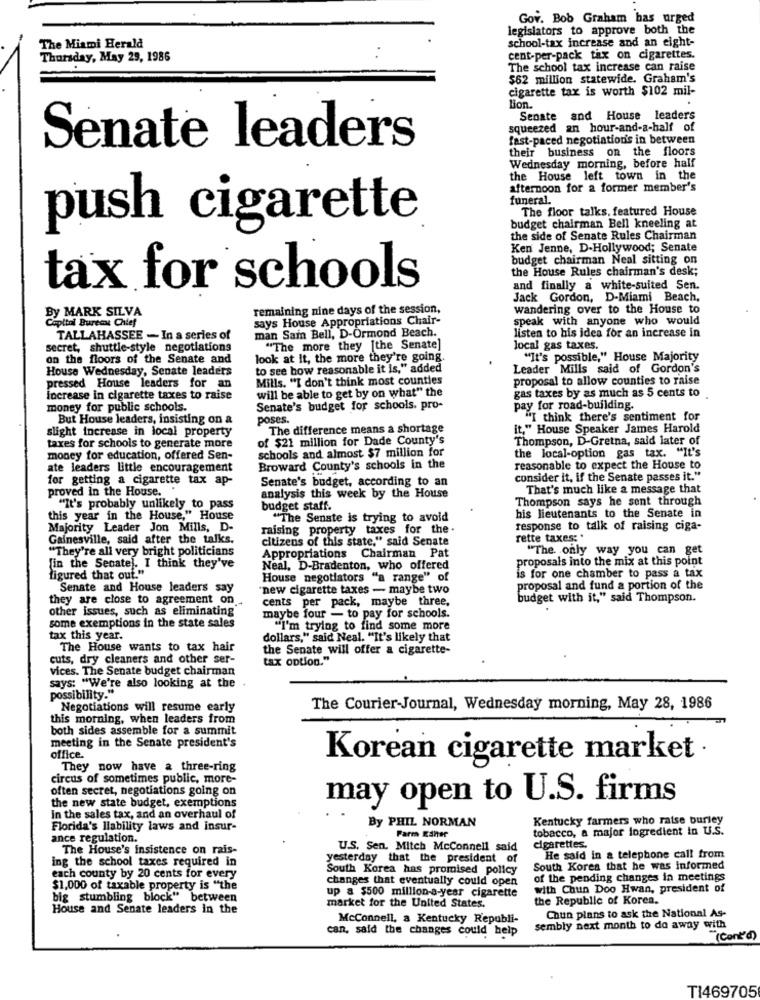
Gov. Bob Graham bas urged
legislators to approve both the
The Miami Herald
school-tax increase and an eight-
Thursday, May 29, 1986
cent-per-pack tax on cigarettes.
The school tax increase can raise
$62 million statewide. Graham's
cigarette tax is worth $102 mil-
lion.
Senate and House leaders
squeezed an hour-and-a-half of
fast-paced negotiation's in between
Senate leaders
their business on the floors
Wednesday morning, before half
the House left town in the
afternoon for a former member's
funeral.
The floor talks, featured House
push cigarette
budget chairman Bell kneeling at
the side of Senate Rules Chairman
Ken Jenne, D-Hollywood; Senate
budget chairman Neal sitting on
the House Rules chairman's desk;
tax for schools
and finally a white-suited Sen.
Jack Gordon, D-Miami Beach,
remaining nine days of the session,
wandering over to the House to
By MARK SILVA
Capitol Burecat Chief
says House Appropriations Chair-
speak with anyone who would
man Sain Bell, D-Ormond Beach.
TALLAHASSEE - In a series of
listen to his idea for an increase in
secret, shuttle-style negotiations
"The more they [the Senate]
local gas taxes.
on the floors of the Senate and
look at it, the more they're going.
"It's possible," House Majority
House Wednesday, Senate leaders
to see how reasonable it is," added
Leader Mills said of Gordon's
Mills. "I don't think most counties
proposal to allow counties to raise
pressed House leaders for an
increase in cigarette taxes to raise
will be able to get by on what" the
gas taxes by as much as 5 cents to
money for public schools.
Senate's budget for schools. pro-
pay for road-building.
But House leaders, insisting on a
poses.
"I think there's sentiment for
slight increase in local property
The difference means a shortage
it," House Speaker James Harold
of $21 million for Dade County's
Thompson, D-Gretna, said later of
taxes for schools to generate more
schools and almost $7 million for
the local-option gas tax. "It's
money for education, offered Sen-
ate leaders little encouragement
Broward County's schools in the
reasonable to expect the House to
for getting a cigarette tax ap-
Senate's budget, according to an
consider it, if the Senate passes it."
proved in the House. .
That's much like a message that
analysis this week by the House
Thompson says he sent through
"It's probably unlikely to pass
budget staff.
this year in the House," House
"The Senate is trying to avoid
his lieutenants to the Senate in
Majority Leader Jon Mills, D
raising property taxes for the.
response to talk of raising ciga-
Gainesville, said after the talks.
citizens of this state," said Senate
rette taxes: "
"They're all very bright politicians
"The only way you can get
Appropriations Chairman Pat
proposals into the mix at this point
{in the Senate). I think they've
Neal, D-Bradenton, who offered
figured that out."
House negotiators "a range" of
is for one chamber to pass a tax
Senate and House leaders say
"new cigarette taxes - maybe two
proposal and fund a portion of the
they are close to agreement on
cents per pack, maybe three,
budget with it," said Thompson.
other issues, such as eliminating'
maybe four - to pay for schools.
some exemptions in the state sales
"I'm trying to find some more
tax this year.
dollars," said Neal. "It's likely that
The House wants to tax hair
the Senate will offer a cigarette-
cuts, dry cleaners and other ser-
tax option."
vices. The Senate budget chairman
says: "We're also looking at the
possibility."
Negotiations will resume early
The Courier-Journal, Wednesday morning, May 28, 1986
this morning, when leaders from
both sides assemble for a summit
meeting in the Senate president's
office.
Korean cigarette market
They now have a three-ring
circus of sometimes public, more-
often secret, negotiations going on
may open to U.S. firms
the new state budget, exemptions
In the sales tax, and an overhaul of
By PHIL NORMAN
Kentucky farmers who raise burley
Florida's liability laws and insur-
Parm ESher
tobacco, a major ingredient in U.S.
ance regulation.
The House's insistence on rais-
U.S. Sen. Mitch Mcconnell said
cigarettes.
ing the school taxes required in
yesterday that the president of
He said in a telephone call from
South Korea has promised policy
South Korea that he was informed
each county by 20 cents for every
changes that eventually could open
of the pending changes in meetings
$1,000 of taxable property is "the
up a $500 million-a-year cigarette
with Chun Doo Hwan, president of
big stumbling block" between
the Republic of Korea,
House and Senate leaders in the
market for the United States.
Chun plans to ask the National As-
McConnell, a Kentucky Republi-
can, said the changes could help
sembly next month to do away with
"(Cont'd)
TI469705